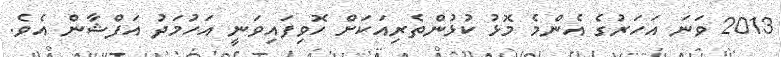
2013 ވަނަ އަހަރުގެ އެންމެ މޮޅު ކުޅުންތެރިއަކަށް ހޮވިފައިވަނީ އަހުމަދު އަފްޝާން އެވެ.